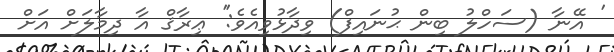
' އޭނާ (ސަހްލު ބިން ޙުނައިފް) ވިދާޅުވިއެވެ:'' ޢިރާޤް އާ ދިމާލަށް އަށް